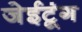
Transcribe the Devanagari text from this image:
जेईटूंग